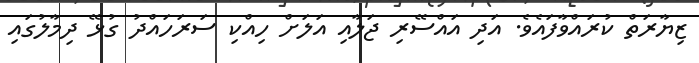
ޒިޔާރަތް ކުރައްވާފައެވެ. އަދި އައްސޭރި ޖަލާއި އަލަށް ހިއްކި ސަރަހައްދު ގުޅޭ ދިމާލުގައި